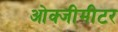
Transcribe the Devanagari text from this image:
ओक्जीमीटर